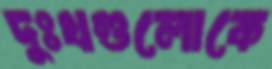
দুঃখগুলোকে